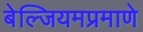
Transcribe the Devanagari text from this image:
बेल्जियमप्रमाणे